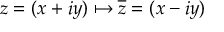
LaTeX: z = ( x + i y ) \mapsto { \overline { { z } } } = ( x - i y )